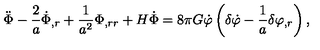
\ddot { \Phi } - \frac { 2 } { a } \dot { \Phi } _ { , r } + \frac { 1 } { a ^ { 2 } } \Phi _ { , r r } + H \dot { \Phi } = 8 \pi G \dot { \varphi } \left( \delta \dot { \varphi } - \frac { 1 } { a } \delta \varphi _ { , r } \right) ,